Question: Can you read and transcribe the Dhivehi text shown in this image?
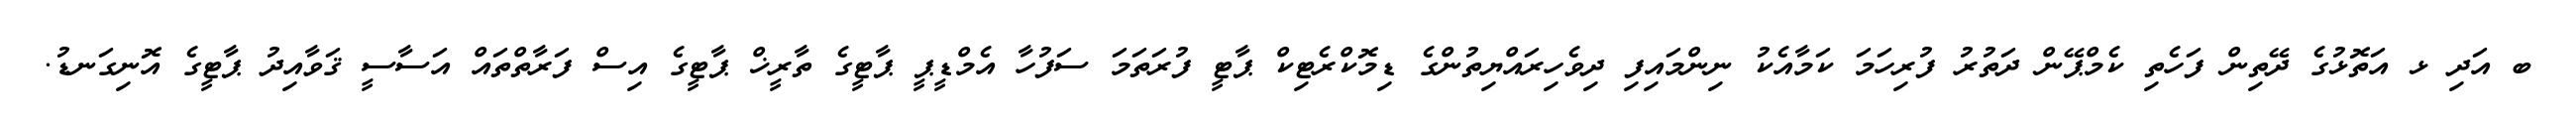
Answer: ބ އަދި ޅ އަތޮޅުގެ ދޭތިން ފަހެތި ކެމްޕޭން ދަތުރު ފުރިހަމަ ކަމާއެކު ނިންމައިފި ދިވެހިރައްޔިތުންގެ ޑިމޮކްރެޓިކް ޕާޓީ ފުރަތަމަ ސަފުހާ އެމްޑީޕީ ޕާޓީގެ ތާރީޚް ޕާޓީގެ އިސް ފަރާތްތައް އަސާސީ ޤަވާއިދު ޕާޓީގެ އޮނިގަނޑު.